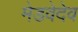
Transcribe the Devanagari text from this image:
मेडवेदेव